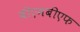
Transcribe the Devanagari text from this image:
बीएमबीएफ